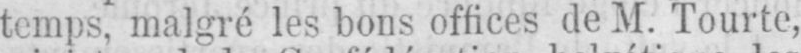
temps, malgré les bons offices de M. Tourte,